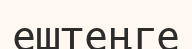
ештеңге